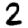
Digit: 2